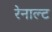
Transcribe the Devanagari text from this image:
रेनाल्ट